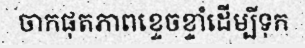
ចាកផុតភាពខ្ទេចខ្ទាំដើម្បីទុក